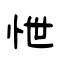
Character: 怈